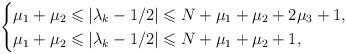
LaTeX: \begin{align*} \begin{cases} \mu_1+\mu_2\leqslant|\lambda_k-1/2|\leqslant N+\mu_1+\mu_2+2\mu_3+1, & \\ \mu_1+\mu_2\leqslant |\lambda_k-1/2|\leqslant N+\mu_1+\mu_2+1,& \end{cases}\end{align*}